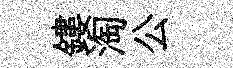
鏤淘公